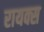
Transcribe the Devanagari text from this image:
रायक्स